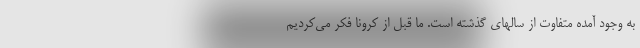
به وجود آمده متفاوت از سالهای گذشته است. ما قبل از کرونا فکر می‌کردیم